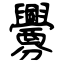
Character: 釁